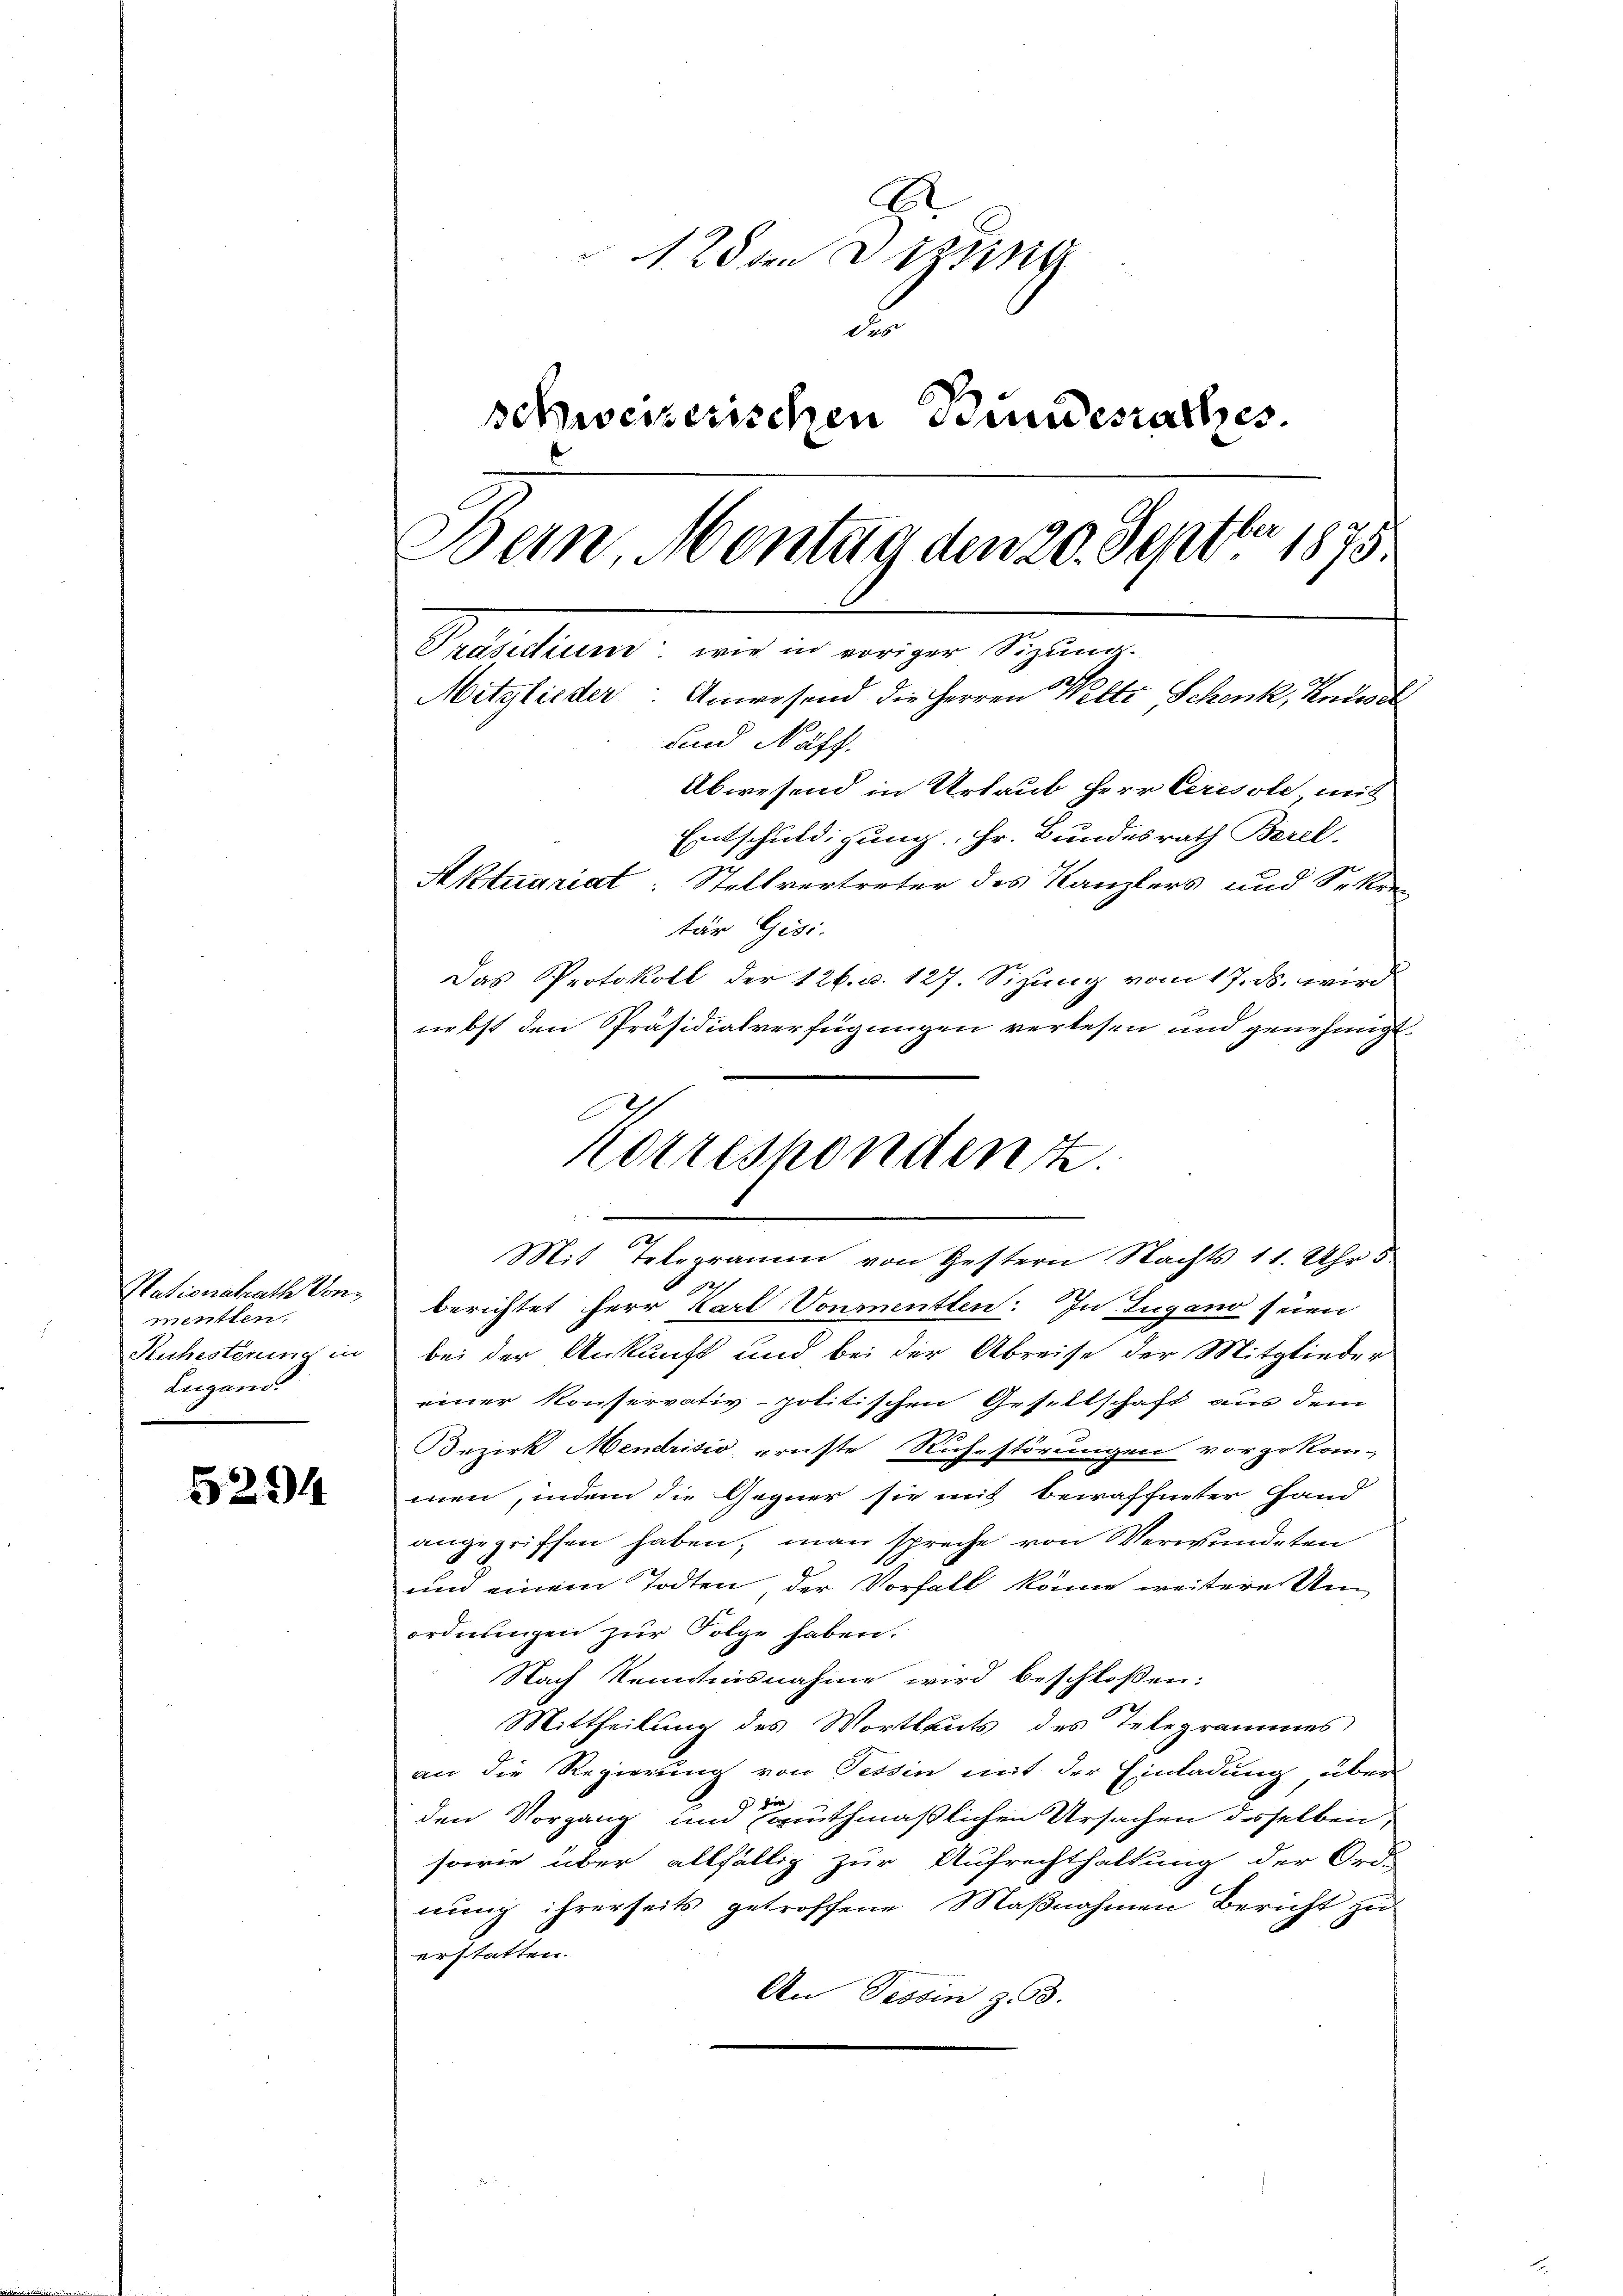
Nationalrath Von
menten,
Ruhesterung in
Lugano.

5294

E
128 den Versing
F
schweizerischen Bundesrathes.
ber
Bern, Montag den 20. Sept 1875
Präsidium, wie in voriger Sitzung.
Mitglieder: Anwesend die Herren Welti Schenk, Andel
und Näff.
Abwesend in Urlaub Herr Ceresole mit
Entschuldigung. Hr. Bundesrath Borel.
Aktuariat: Stellvertreter des Kanzlers und Sekren

Korrespondent

tär Gisi-
Das Protokoll der 126. d. 127. Sizung vom 17. ds. wird
nebst den Präsidialverfügungen verlesen und genehmigt.
Mit Telegramm von Gestern Nachts 11. Uhr 5.
berichtet Herr Karl Vonmenten: In Lugano seien
bei der Ankunft und bei der Abreise der Mitglieder
einer Konservativ-politischen Gesellschaft aus dem
Bezirk Mendrisio ernste Ruhestörungen vorgekom-
men, indem die Gegner sie mit bewaffneter Hand-
angegriffen haben, man spreche von Verwundeten
und einem Todten der Vorfall könne weitere Un
ordnungen zur Folge haben.
Nach Kenntnisnahme wird beschlossen:
Mittheilung des Wortlauts des Telegrammes
an die Regierung von Tessin mit der Einladung über
hör
den Vorgang um muthmaßlichen Ursachen desselben,
sowie über allfällig zur Aufrechthaltung der Ord-
nung ihrerseits getroffene Maßnahmen Bericht zu
erstatten.
An Tessin z. B.